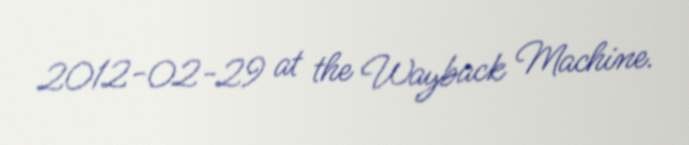
2012-02-29 at the Wayback Machine.